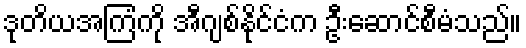
ဒုတိယအကြံကို အီဂျစ်နိုင်ငံက ဦးဆောင်စီမံသည်။